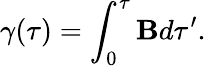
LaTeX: \gamma(\tau)=\int_{0}^{\tau}\mathbf{B}d\tau^{\prime}.